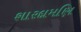
શારદામણિ